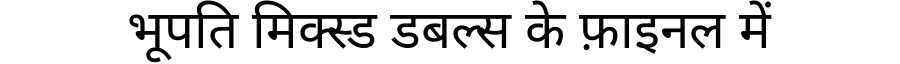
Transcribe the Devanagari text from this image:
भूपति मिक्स्ड डबल्स के फ़ाइनल में